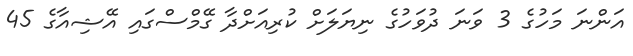
އަންނަ މަހުގެ 3 ވަނަ ދުވަހުގެ ނިޔަލަށް ކުރިއަށްދާ ގޭމްސްގައި އޭޝިއާގެ 45